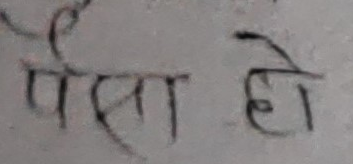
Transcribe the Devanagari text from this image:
पैसा हो